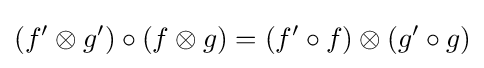
(f'\otimes g')\circ (f\otimes g)=(f'\circ f)\otimes (g'\circ g)